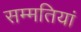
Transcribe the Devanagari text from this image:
सम्मतियां